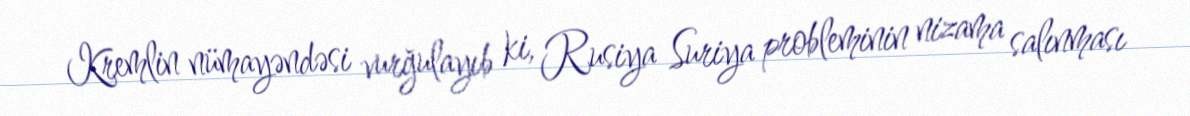
Kremlin nümayəndəsi vurğulayıb ki, Rusiya Suriya probleminin nizama salınması